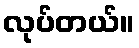
လုပ်တယ်။